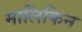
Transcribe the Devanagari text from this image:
मालिकिन